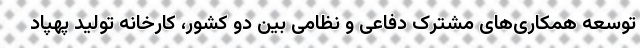
توسعه همکاری‌های مشترک دفاعی و نظامی بین دو کشور، کارخانه تولید پهپاد